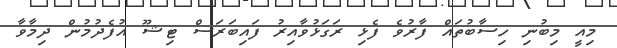
މިއީ މިބުނި ހިސާބުތައް ފާރުވެ ފެޅި ރަގަޅުވާއިރު ފައިބަރަސް ޓިޝޫ އުފެދުމުން ދިމާވާ